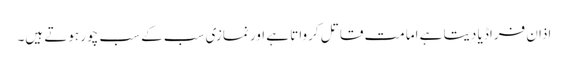
اذان فراڈیا دیتا ہے امامت قاتل کرواتا ہے اور نمازی سب کے سب چور ہوتے ہیں۔